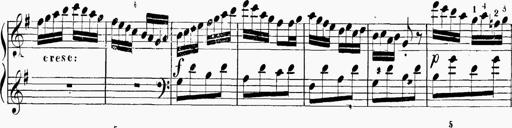
Title: 6 Sonatinas
Composer: Carl Reinecke